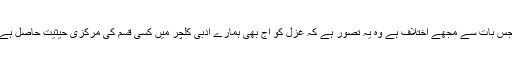
جس بات سے مجھے اختلاف ہے وہ یہ تصور ہے کہ غزل کو آج بھی ہمارے ادبی کلچر میں کسی قسم کی مرکزی حیثیت حاصل ہے۔